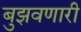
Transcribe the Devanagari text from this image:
बुझवणारी